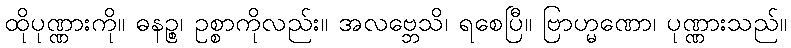
ထိုပုဏ္ဏားကို။ ဓနဉ္စ၊ ဥစ္စာကိုလည်း။ အလဗ္ဘေသိ၊ ရစေပြီ။ ဗြာဟ္မဏော၊ ပုဏ္ဏားသည်။